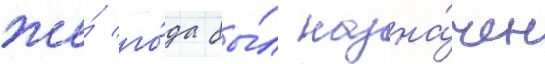
же́ го́да бы́л назна́чен